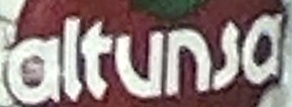
altunsa